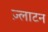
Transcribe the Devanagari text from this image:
ज़्लाटन